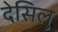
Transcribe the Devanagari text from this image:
देसिलु